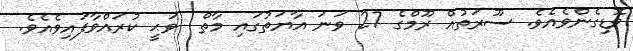
ވޮޑިގެންވެއެވެ. ސޫރަތުއް ރޫމްގެ 27 ވަނަ އާޔަތުގައި މާތް  ވަޙީ ކުރައްވާފައިވެއެވެ.